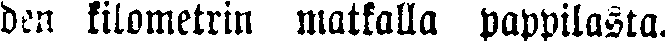
den kilometrin matkalla pappilasta.